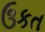
ઉકત